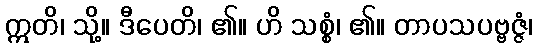
ဣတိ၊ သို့။ ဒီပေတိ၊ ၏။ ဟိ သစ္စံ၊ ၏။ တာပသပဗ္ဗဇ္ဇံ၊